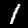
Label: 1